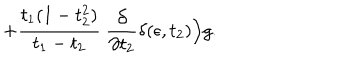
LaTeX: + { \frac { t _ { 1 } ( 1 - t _ { 2 } ^ { 2 } ) } { t _ { 1 } - t _ { 2 } } } ~ { \frac { \partial } { \partial t _ { 2 } } } \delta ( \epsilon , t _ { 2 } ) \Big ) g .